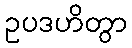
ဥပဒဟိတွာ